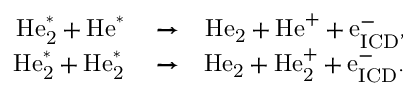
\begin{array} { r l r } { \mathrm { H e } _ { \mathrm { 2 } } ^ { \mathrm { * } } + \mathrm { H e } ^ { \mathrm { * } } } & { { } \xrightarrow { } } & { \mathrm { H e } _ { \mathrm { 2 } } + \mathrm { H e } ^ { \mathrm { + } } + \mathrm { e } _ { \mathrm { I C D } } ^ { \mathrm { - } } , } \\ { \mathrm { H e } _ { \mathrm { 2 } } ^ { \mathrm { * } } + \mathrm { H e } _ { \mathrm { 2 } } ^ { \mathrm { * } } } & { { } \xrightarrow { } } & { \mathrm { H e } _ { \mathrm { 2 } } + \mathrm { H e } _ { \mathrm { 2 } } ^ { \mathrm { + } } + \mathrm { e } _ { \mathrm { I C D } } ^ { \mathrm { - } } . } \end{array}